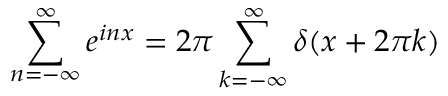
\sum _ { n = - \infty } ^ { \infty } e ^ { i n x } = 2 \pi \sum _ { k = - \infty } ^ { \infty } \delta ( x + 2 \pi k )